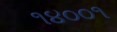
૧૪૦૦૧